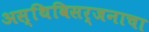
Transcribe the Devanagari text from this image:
अस्थिविसर्जनाचा